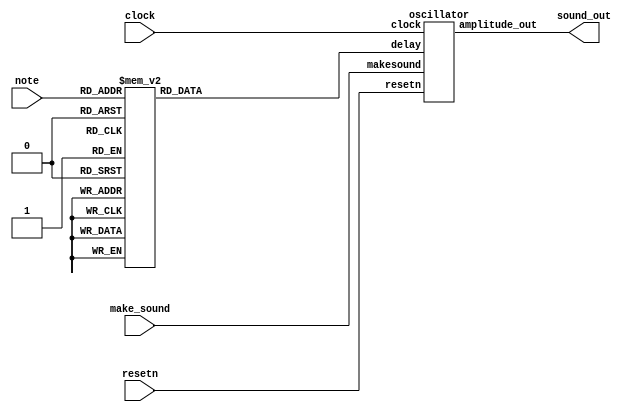
// adapted from github https://github.com/alexdrouillard/Piano/blob/master/DJ.v

module sound_controller(clock, resetn, note, make_sound, sound_out);
	input clock, resetn, make_sound;
	input [3:0] note;
	output [31:0] sound_out;
	
	reg [19:0] delay;

	localparam 				C_MIDDLE = 20'd95554, // C4 261.63Hz	DONT FORGET DIVIDE BY 2
								D_MIDDLE = 20'd85132, // D4 293.66Hz
								E_MIDDLE = 20'd75843, // E4 329.63Hz
								F_MIDDLE = 20'd71586, // F4 349.23Hz
								G_MIDDLE = 20'd63776, // G4 392.00Hz
								A_MIDDLE = 20'd56818, // A4 440Hz
								B_MIDDLE = 20'd50620, // B4 493.88Hz
								C_HIGH = 20'd47778, // C5 523.25Hz
								Eb_MIDDLE = 20'd80352, // Eb4 311.13Hz
								Bb_MIDDLE = 20'd53630, // Bb4 466.16Hz
								D_HIGH = 20'd42565, // D5 587.33Hz
								E_HIGH = 20'd37922, // E5 659.25Hz
								F_HIGH = 20'd35793, // F5 698.46Hz
								G_HIGH = 20'd31888, // G5 783.99Hz
								Eb_HIGH = 20'd40177, // Eb5 622.25Hz
								GS_MIDDLE = 20'd60197; // G#4 415.30Hz
								
	always @(*)
		begin
			case ( note )
				4'b0000: delay = C_MIDDLE;
				4'b0001: delay = D_MIDDLE;
				4'b0010: delay = E_MIDDLE;
				4'b0011: delay = F_MIDDLE;
				4'b0100: delay = G_MIDDLE;
				4'b0101: delay = A_MIDDLE;
				4'b0110: delay = B_MIDDLE;
				4'b0111: delay = C_HIGH;
				4'b1000: delay = Eb_MIDDLE;
				4'b1001: delay = Bb_MIDDLE;
				4'b1010: delay = D_HIGH;
				4'b1011: delay = E_HIGH;
				4'b1100: delay = F_HIGH;
				4'b1101: delay = G_HIGH;
				4'b1110: delay = Eb_HIGH;
				4'b1111: delay = GS_MIDDLE;
				default: delay = C_MIDDLE;
			endcase
		end

   oscillator oc( 
					  .clock(clock),
					  .resetn(resetn),
					  .makesound(make_sound),
					  .delay(delay),
					  .amplitude_out(sound_out)
					  );

endmodule


module oscillator (clock, resetn, makesound, delay, amplitude_out);
	input clock, resetn, makesound;
	input [19:0] delay;
	output [31:0] amplitude_out;

	wire flip;
	wire [31:0] amplitude;

	delay_flipper count (
		.clock(clock),
		.resetn(resetn),
		.delay(delay),
		.flip(flip)
	);
	
	assign amplitude = flip ? 32'd100000000 : -32'd100000000; //volume level
	assign amplitude_out = makesound ? amplitude : 32'b0;

endmodule


module delay_flipper(clock, resetn, delay, flip);
	input clock, resetn;
	input [19:0] delay;
	output reg flip;

	reg [19:0] count;

	always@(posedge clock) 
		begin
			if (resetn == 1'b0) 
				begin
					flip <= 1'd0;
					count <= 20'd0;
				end
			else if (count == delay) 
				begin //DELAY IS == TO 50MHz / DESIRED FREQUENCY
					flip <= !flip;
					count <= 20'd0;
				end
			else
				count <= count + 1;
		end

endmodule